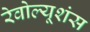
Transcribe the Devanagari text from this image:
रेवोल्यूशंस